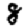
Digit: 8